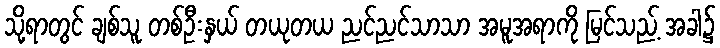
သို့ရာတွင် ချစ်သူ တစ်ဦးနှယ် တယုတယ ညင်ညင်သာသာ အမူအရာကို မြင်သည့် အခါ၌